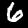
Digit: 6